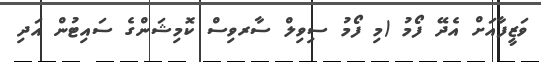
ވަޒީފާއަށް އެދޭ ފޯމު (މި ފޯމު ސިވިލް ސާރވިސް ކޮމިޝަންގެ ސައިޓުން އަދި